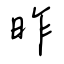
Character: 昨